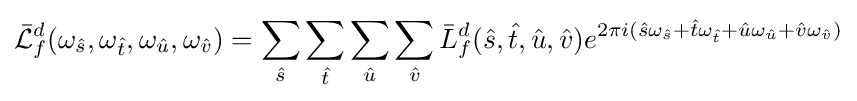
{\mathcal {\bar {L}}}_{f}^{d}(\omega _{\hat {s}},\omega _{\hat {t}},\omega _{\hat {u}},\omega _{\hat {v}})=\sum _{\hat {s}}\sum _{\hat {t}}\sum _{\hat {u}}\sum _{\hat {v}}{\bar {L}}_{f}^{d}({\hat {s}},{\hat {t}},{\hat {u}},{\hat {v}})e^{2\pi i({\hat {s}}\omega _{\hat {s}}+{\hat {t}}\omega _{\hat {t}}+{\hat {u}}\omega _{\hat {u}}+{\hat {v}}\omega _{\hat {v}})}